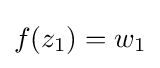
f(z_{1})=w_{1}